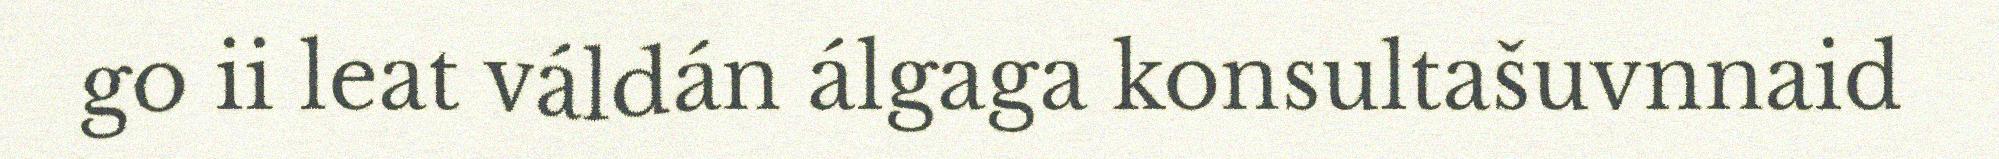
go ii leat váldán álgaga konsultašuvnnaid